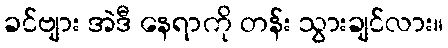
ခင်ဗျား အဲဒီ နေရာကို တန်း သွားချင်လား။